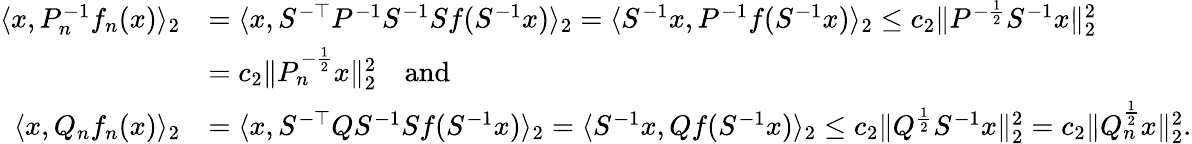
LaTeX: \begin{array}{rl}{\langle x,P_{n}^{-1}f_{n}(x)\rangle_{2}}&{=\langle x,S^{-\top}P^{-1}S^{-1}Sf(S^{-1}x)\rangle_{2}=\langle S^{-1}x,P^{-1}f(S^{-1}x)\rangle_{2}\leq c_{2}\| P^{-\frac{1}{2}}S^{-1}x\| _{2}^{2}}\\ &{=c_{2}\| P_{n}^{-\frac{1}{2}}x\| _{2}^{2}\quad\mathrm{and}}\\ {\langle x,Q_{n}f_{n}(x)\rangle_{2}}&{=\langle x,S^{-\top}QS^{-1}Sf(S^{-1}x)\rangle_{2}=\langle S^{-1}x,Qf(S^{-1}x)\rangle_{2}\leq c_{2}\| Q^{\frac{1}{2}}S^{-1}x\| _{2}^{2}=c_{2}\| Q_{n}^{\frac{1}{2}}x\| _{2}^{2}.}\end{array}